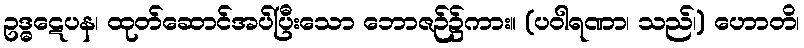
ဥဒ္ဓဋေပန၊ ထုတ်ဆောင်အပ်ပြီးသော ဘောဇဉ်၌ကား။ (ပဝါရဏာ၊ သည်၊) ဟောတိ၊